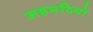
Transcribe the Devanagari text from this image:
अहमदियों